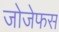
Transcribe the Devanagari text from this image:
जोजेफस